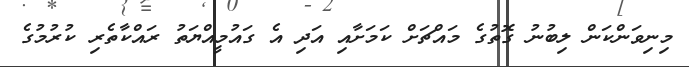
މިނިވަންކަން ލިބުނު ގޮތުގެ މައްޗަށް ކަމަށާއި އަދި އެ ގައުމީއްޔަތު ރައްކާތެރި ކުރުމުގެ